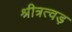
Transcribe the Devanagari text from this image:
श्रीत्रत्वड़